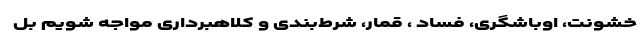
خشونت، اوباشگری، فساد ، قمار، شرط‌بندی و کلاهبرداری مواجه شویم بل